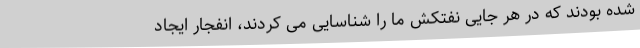
شده بودند که در هر جایی نفتکش ما را شناسایی می کردند، انفجار ایجاد